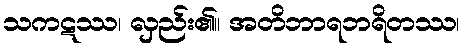
သကဋဿ၊ လှည်း၏။ အတိဘာရဘရိတဿ၊